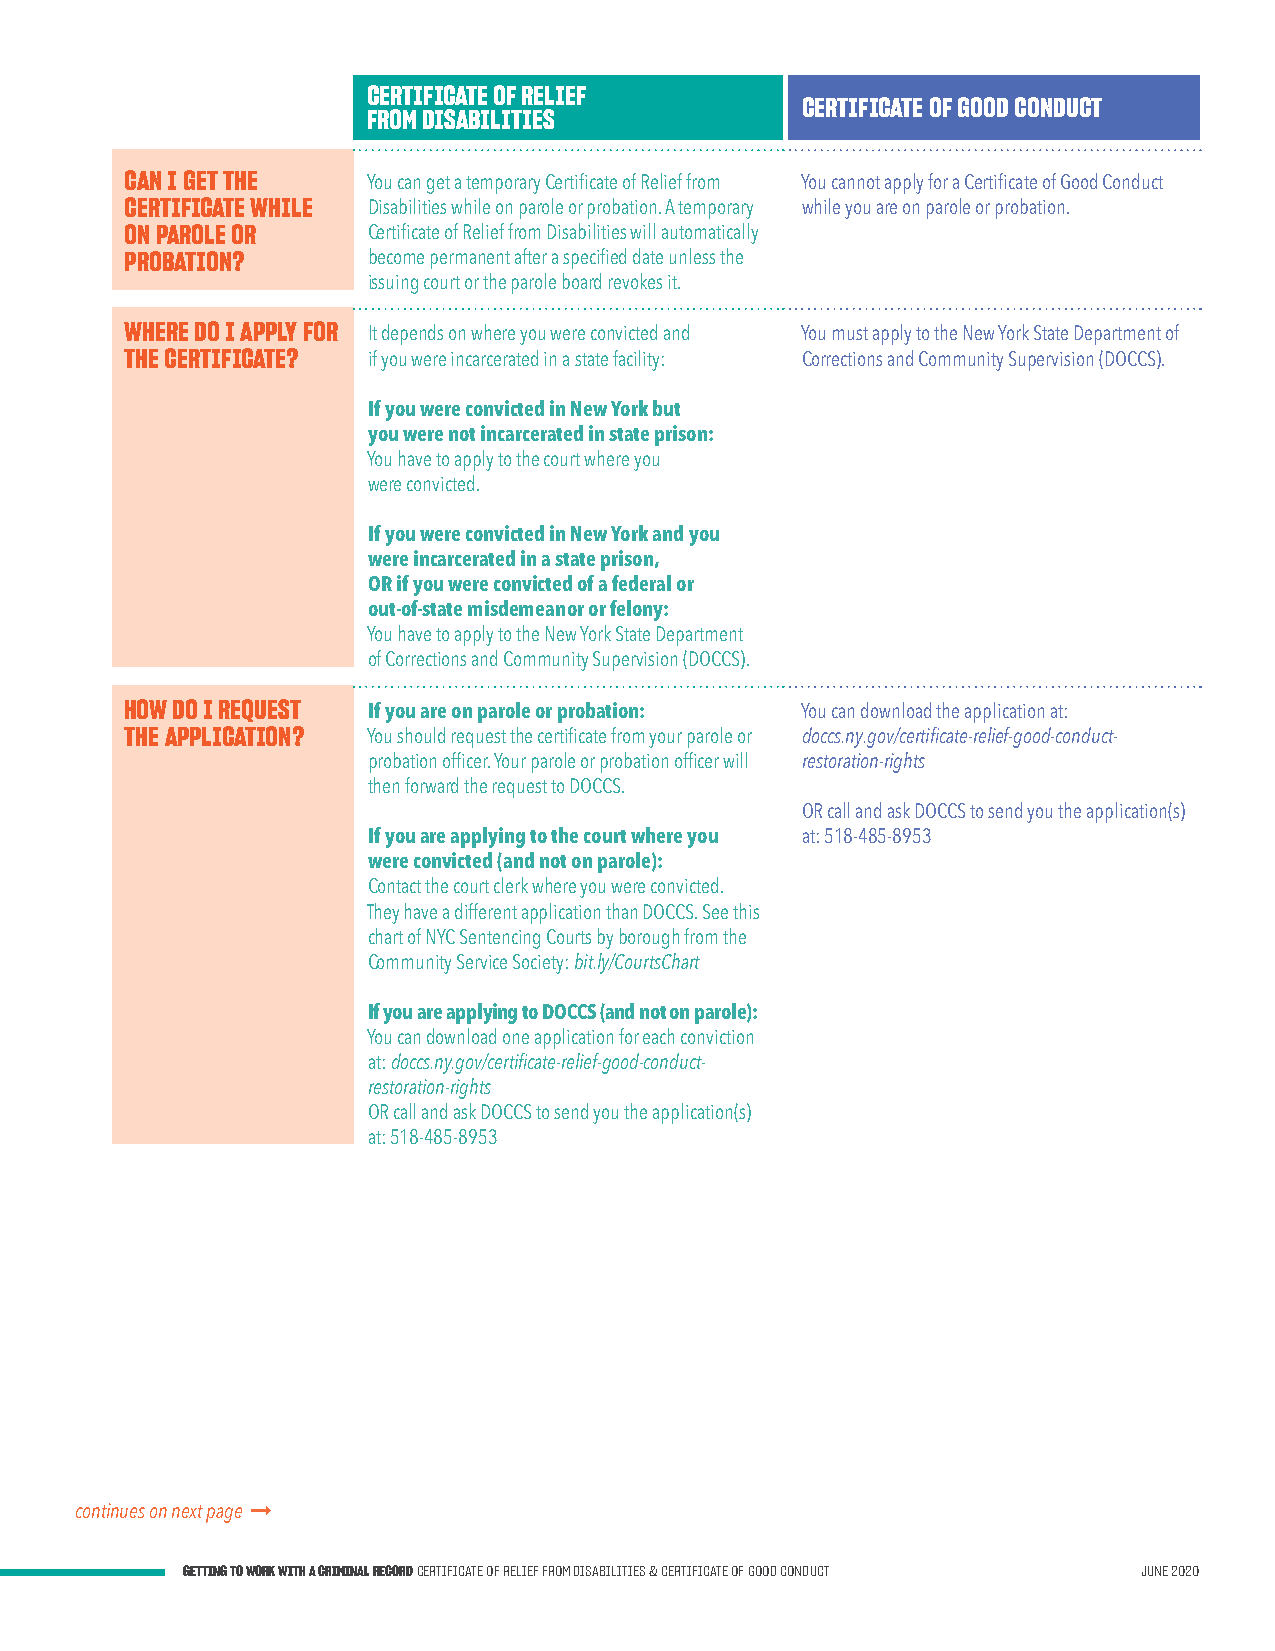
CERTIFICATE OF RELIEF
 CERTIFICATE OF GOOD CONDUCT
 FROM DISABILITIES
 CAN I GET THE   You can get a temporary Certificate of Relief from You cannot apply for a Certificate of Good Conduct
 CERTIFICATE WHILE Disabilities while on parole or probation. A temporary while you are on parole or probation.
 ON PAROLE OR    Certificate of Relief from Disabilities will automatically
 PROBATION?      become permanent after a specified date unless the
 issuing court or the parole board revokes it.
 WHERE DO I APPLY FOR It depends on where you were convicted and You must apply to the New York State Department of
 THE CERTIFICATE? if you were incarcerated in a state facility: Corrections and Community Supervision (DOCCS).
 If you were convicted in New York but
 you were not incarcerated in state prison:
 You have to apply to the court where you
 were convicted.
 If you were convicted in New York and you
 were incarcerated in a state prison,
 OR if you were convicted of a federal or
 out-of-state misdemeanor or felony:
 You have to apply to the New York State Department
 of Corrections and Community Supervision (DOCCS).
 HOW DO I REQUEST If you are on parole or probation: You can download the application at:
 THE APPLICATION? You should request the certificate from your parole or doccs.ny.gov/certificate-relief-good-conduct-
 probation officer. Your parole or probation officer will restoration-rights
 then forward the request to DOCCS.
 OR call and ask DOCCS to send you the application(s)
 If you are applying to the court where you at: 518-485-8953
 were convicted (and not on parole):
 Contact the court clerk where you were convicted.
 They have a different application than DOCCS. See this
 chart of NYC Sentencing Courts by borough from the
 Community Service Society: bit.ly/CourtsChart
 If you are applying to DOCCS (and not on parole):
 You can download one application for each conviction
 at: doccs.ny.gov/certificate-relief-good-conduct-
 restoration-rights
 OR call and ask DOCCS to send you the application(s)
 at: 518-485-8953
 continues on next page 
 GETTING TO WORK WITH A CRIMINAL RECORD CERTIFICATE OF RELIEF FROM DISABILITIES & CERTIFICATE OF GOOD CONDUCT JUNE 2020